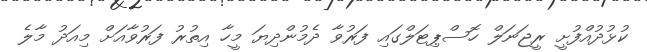
ކުޅުދުއްފުށީ ރީޖަނަލް ހޮސްޕިޓަލްގައި ފަރުވާ ދެމުންދިޔަ މީހާ އިތުރު ފަރުވާއަށް މިއަދު މާލެ